Bréfritari: Sigríður Pálsdóttir
Viðtakandi: Páll Pálsson
Dagsetning: A-1864-02-22
Skrifað á: Breiðabólsstað  Rang.
Páll var bróðir Sigríðar

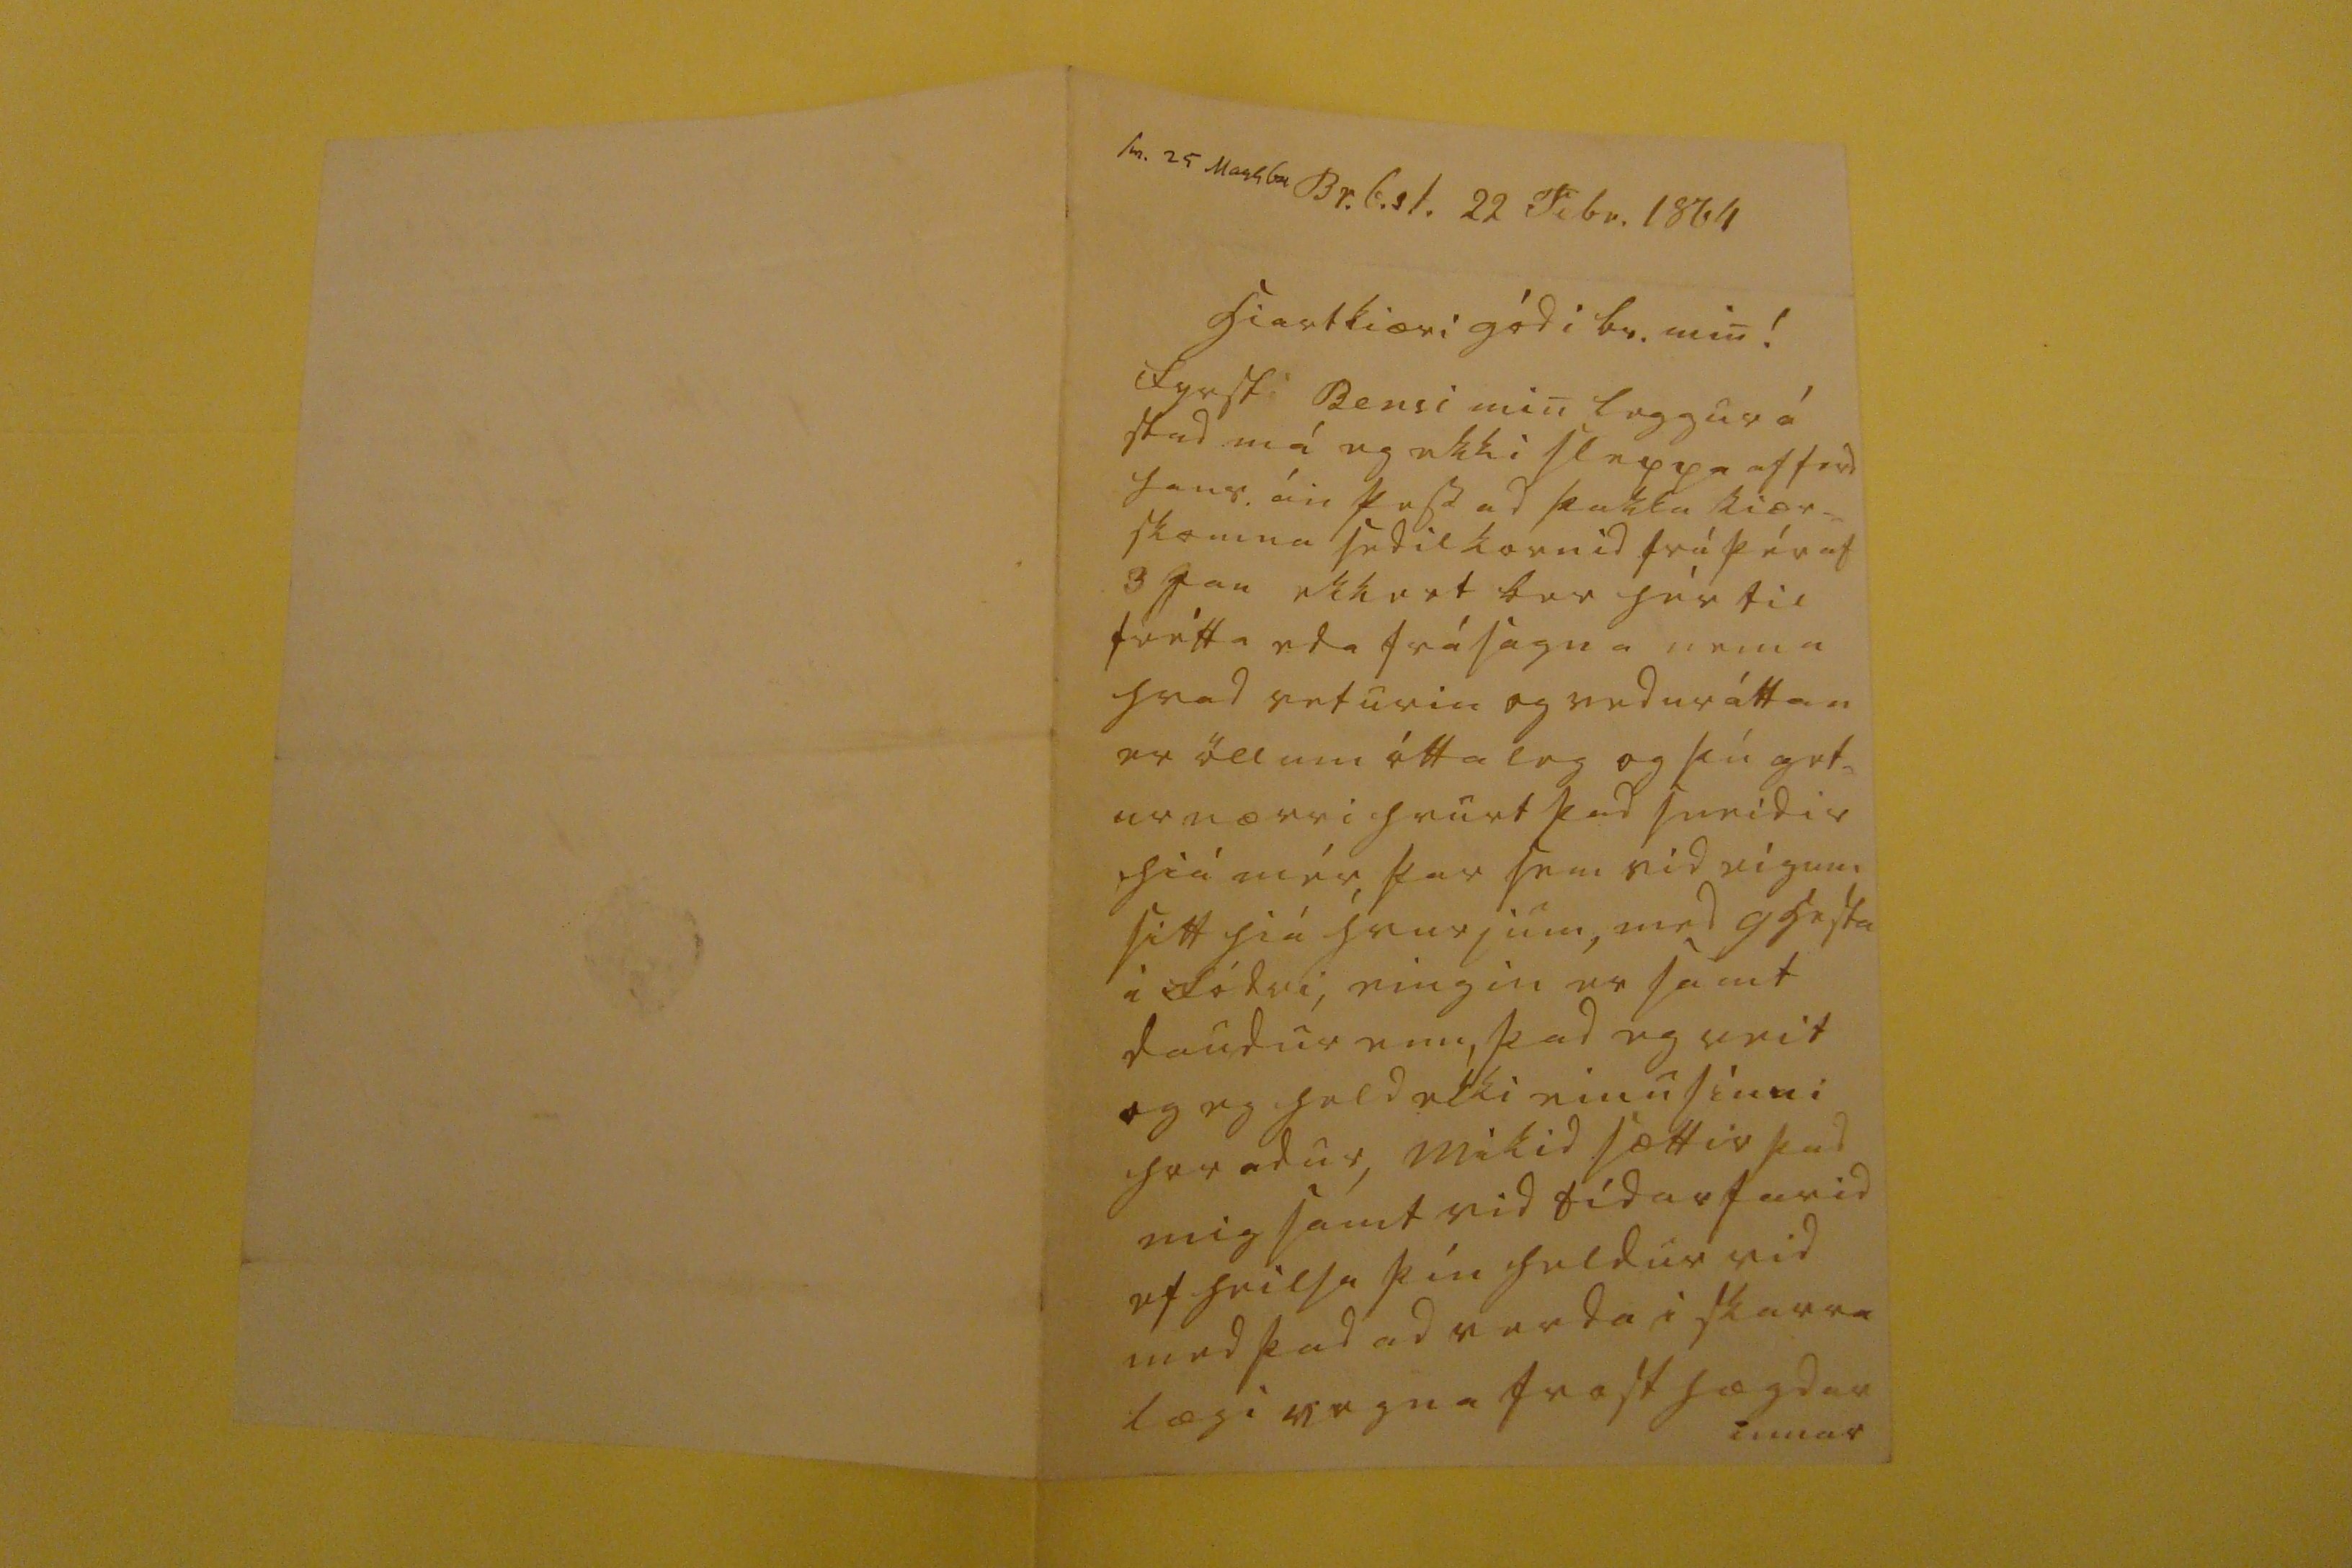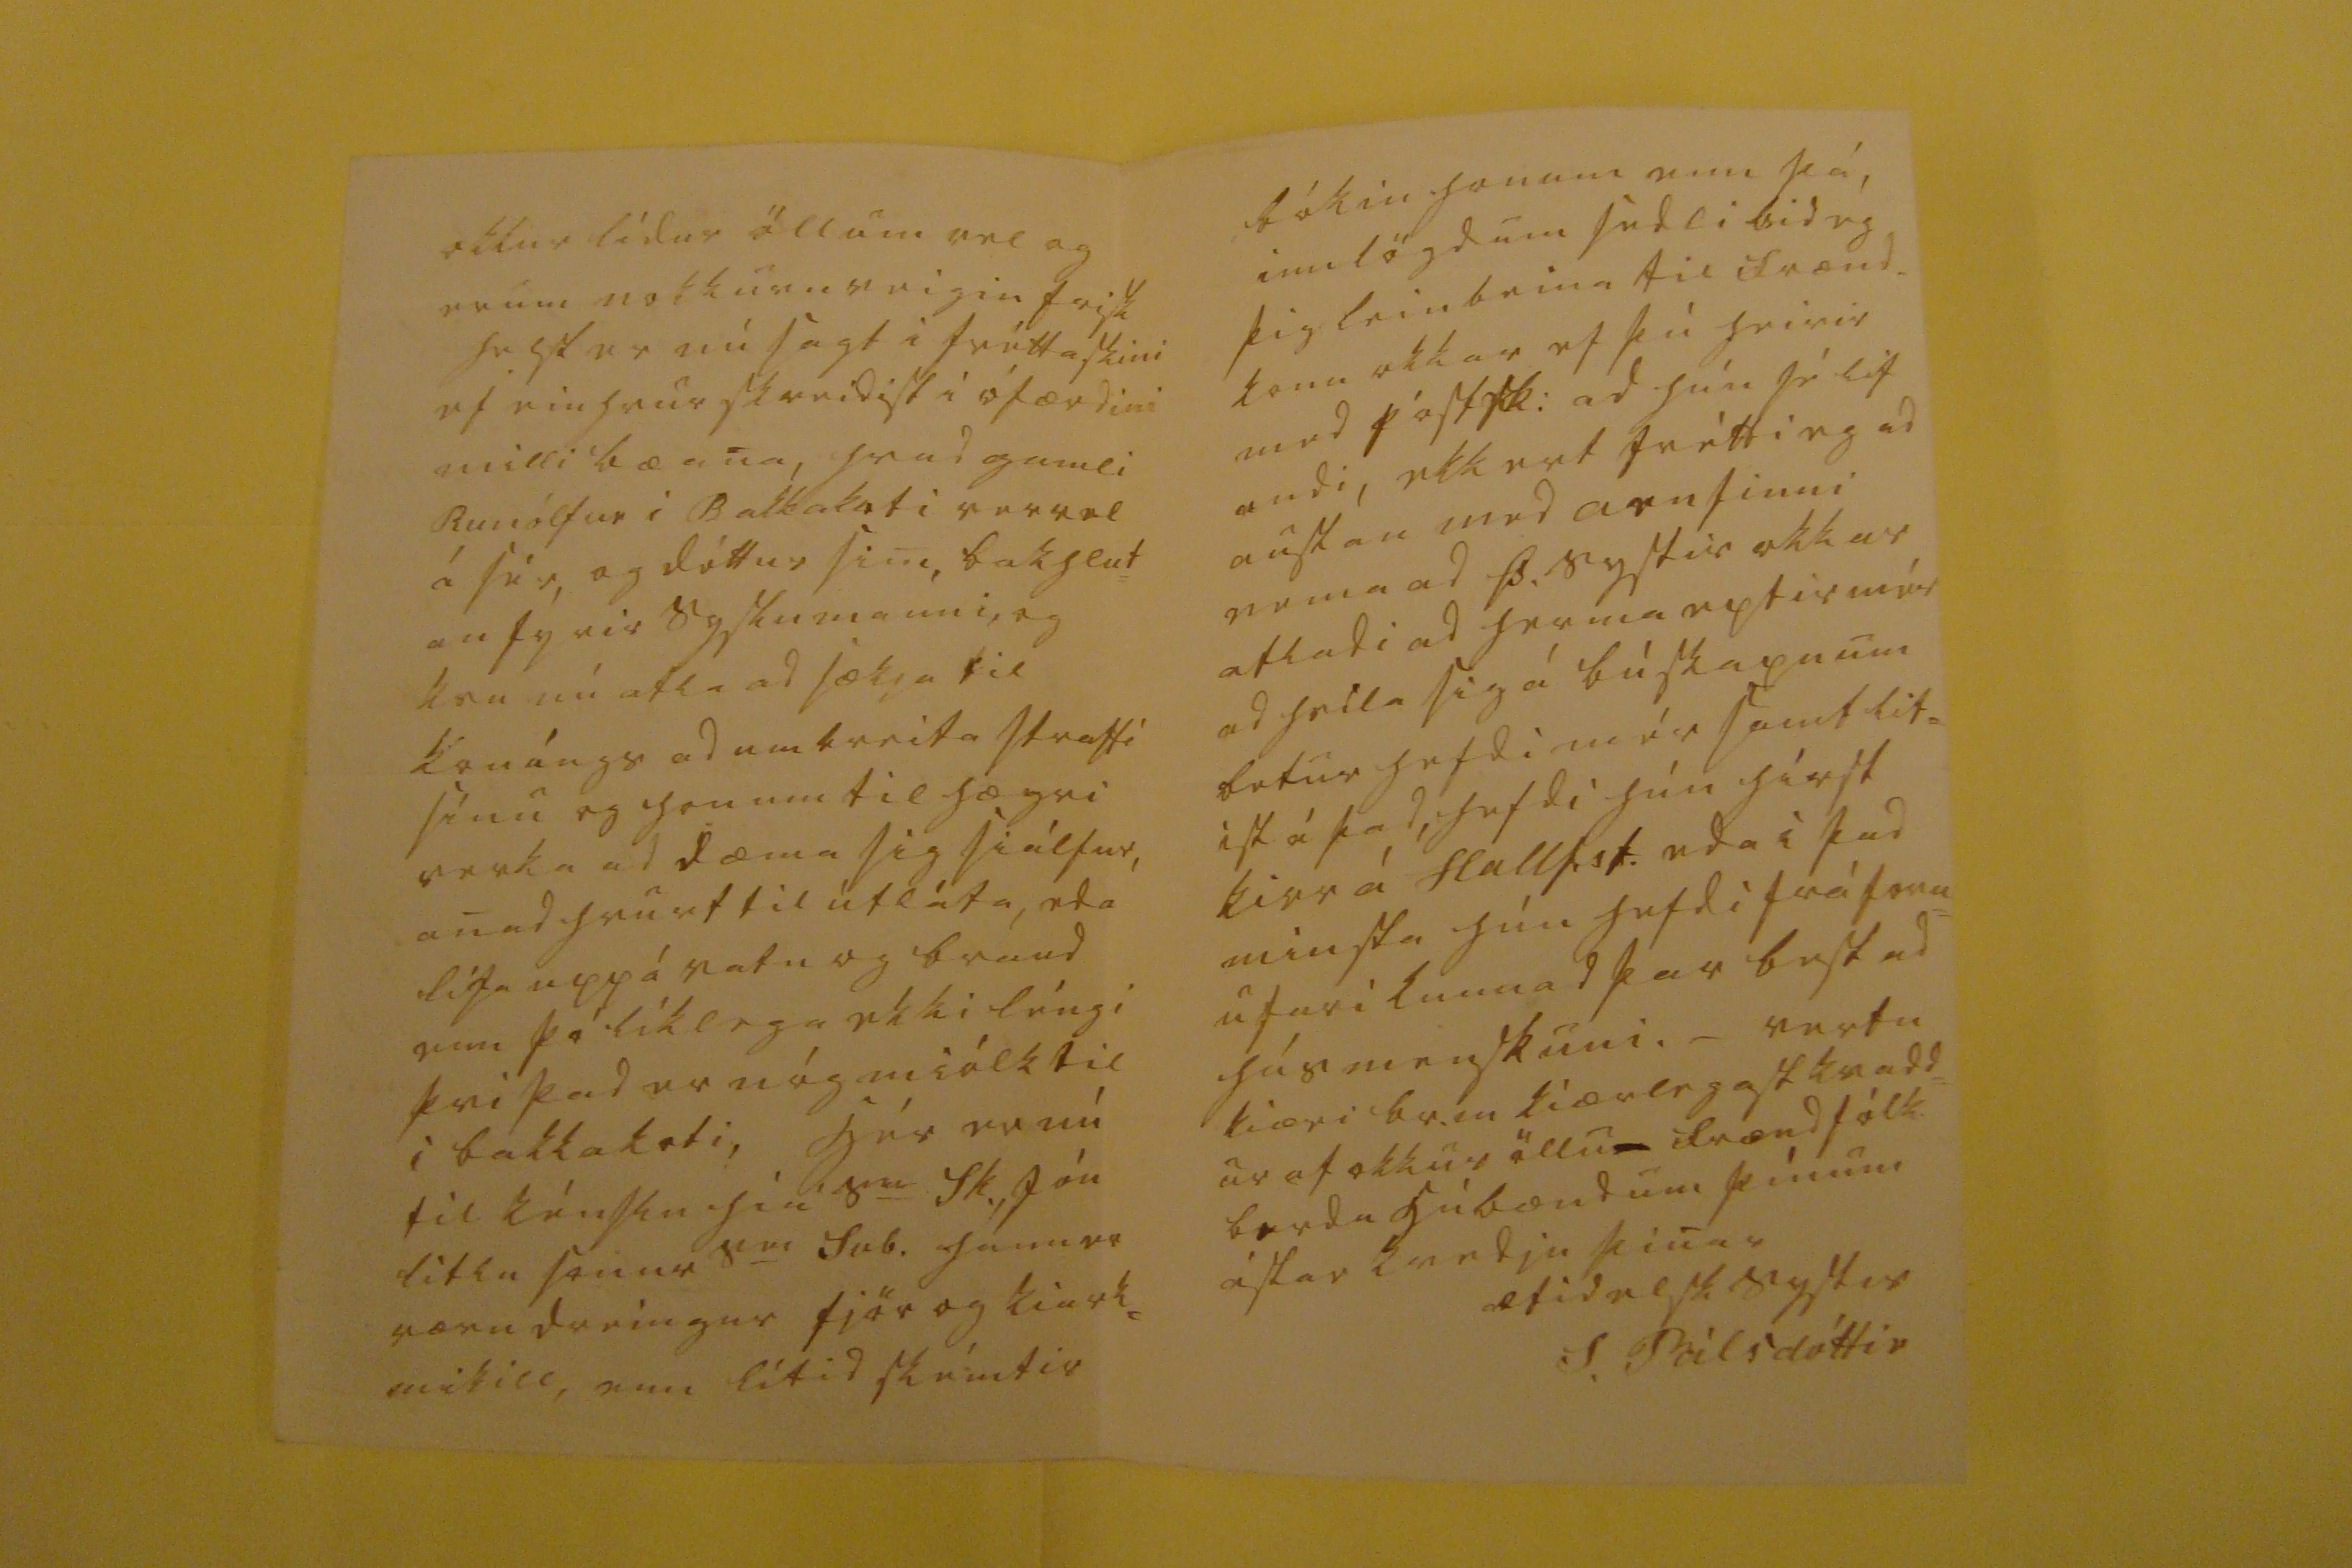

sv. 25 Marh 64
Br.b.st. 22 Febr. 1864
hiartkiæri gódi br. min!
Fyrst Bensi min liggur á stad má eg ekki sleppa af ferd hans án þess ad þakka kiær= skomna sedilkornid frá þér af 3 Jan ekkert ber hér til frétta eda frásagna nema hvad veturin og veduráttan er öllum óttaleg og þú get= ur nærri hvurt þad sneidir hiá mér, þar sem vid eigum sitt hiá hvurjum, med 9 hesta i fódri, eingin er samt daudur enn, þad eg veit og eg held ekki einu sinni horadur, Mikid sættir þad mig samt vid tídarfarid ef heilsa þín heldur vid med þad ad verda i skarra lægi vegna frost hægdar innar
okkur lídur öllum vel og erum nokkurn veigin frisk helst er nú sagt i fréttaskini ef einhvur skreidist i ófærdini milli bæana, hvad gamli Runólfur i Bakkakoti var vel á sér, og dóttur sini, bakhlut= an fyrir syslumanni, og kvu nú atla ad sækja til konúngs ad umbreita straffi sínu og honum til hægri verka ad dæma sig siálfur, anad hvurt til útláta, eda líta upp á vatn og braud enn þó líklega ekki léngi þvi þad er nóg miólk til i bakkakoti, hér er nú til kénslu hiá s
00
Sk. Jón litlu sonur s
00
Svb. hann er værn dreingur fjör og kiark= mikill, enn lítid skémtir
bókin honum enn þá innlögdum sedli bid ég þig leinbeina til frænd_ konu okkar ef þú heirir med póstsk: ad hún sé lif andi, ekkert frétti eg ad austan med arnfinni nema ad Þ. systir okkar atladi ad herma eptir mér ad hvila sig á búskapnum betur hefdi mér samt lit= ist á þad, hefdi hún hírst kirr á Hallf.st. edai þad minsta hún hefdi frá forn= u fari kunnad þar best ad húsmenskuni._ vertu kiæri br.m kiærlegast kvadd= ur af okkur öllu frændfólk. berdu húsbændum þínum ástarkvedju þinar
ætíd elsk systur
S. Pálsdóttir